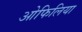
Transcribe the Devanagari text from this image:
ओफिलिया